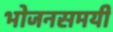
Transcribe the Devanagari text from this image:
भोजनसमयी